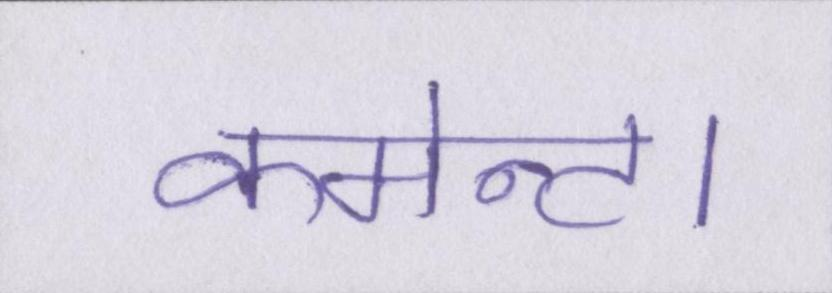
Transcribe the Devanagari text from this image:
कमेन्ट।